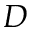
D